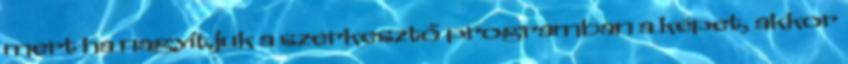
mert ha nagyítjuk a szerkesztő programban a képet, akkor